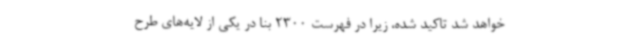
خواهد شد تاکید شده، زیرا در فهرست 2300 بنا در یکی از لایه‌های طرح